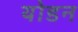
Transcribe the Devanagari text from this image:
योडन